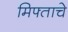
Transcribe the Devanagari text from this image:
मिफ्ताचे